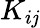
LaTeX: K_{i\mathit{j}}